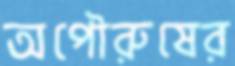
অপৌরুষের